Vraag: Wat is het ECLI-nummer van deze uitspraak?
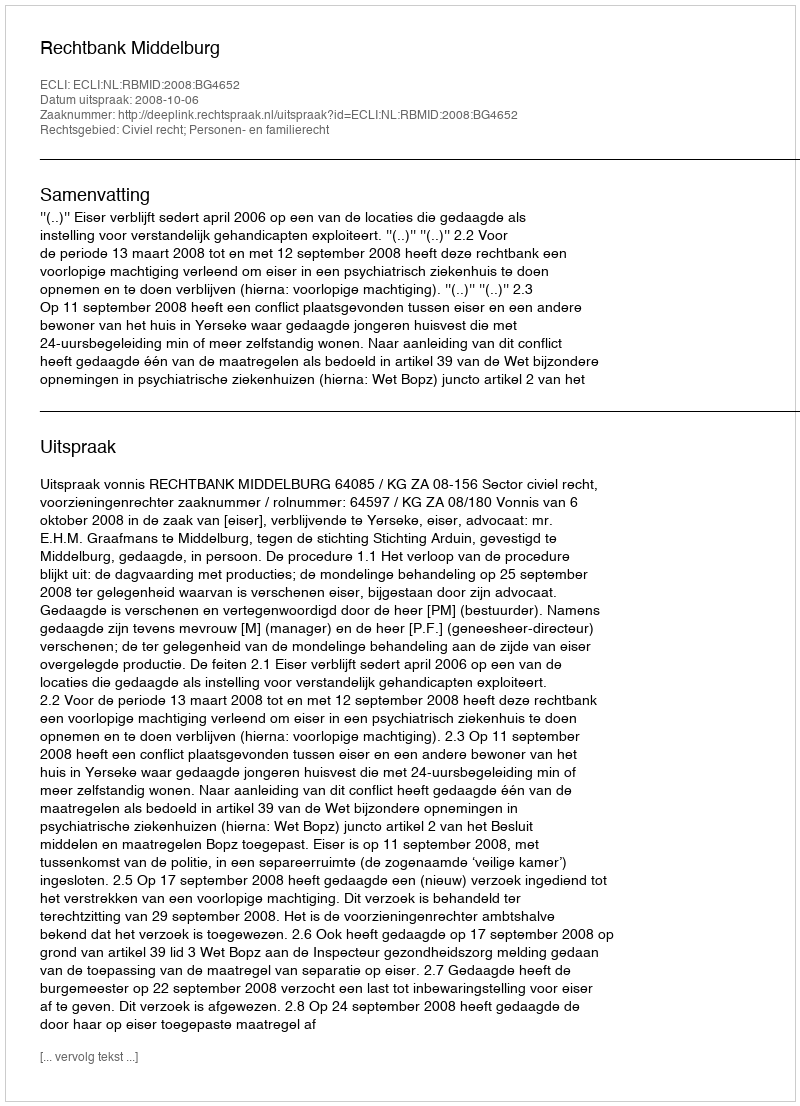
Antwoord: ECLI:NL:RBMID:2008:BG4652